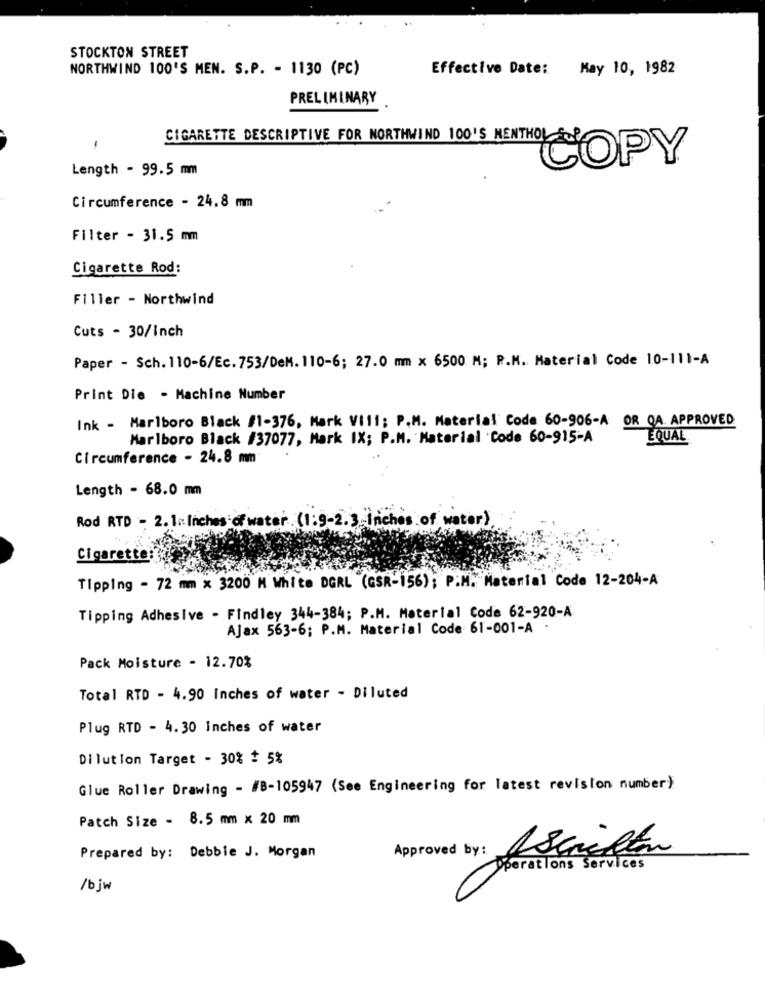
STOCKTON STREET
NORTHWIND 100'S MEN. S.P. - 1130 (PC)
Effective Date: May 10, 1982
PRELIMINARY
-
CIGARETTE DESCRIPTIVE FOR NORTHWIND 100'S MENTHOL &&
COPY
Length - 99.5 mm
Circumference - 24.8 mm
Filter - 31.5 mm
Cigarette Rod:
Filler - Northwind
Cuts - 30/Inch
Paper - Sch. 110-6/Ec.753/DeM. 110-6; 27.0 mm × 6500 M; P.M. Material Code 10-111-A
Print Die - Machine Number
Ink - Marlboro Black #1-376, Mark Vill; P.M. Material Code 60-906-A OR QA. APPROVED
Marlboro Black #37077, Mark IX; P.M. Material 'Code 60-915-A
EQUAL
Circumference - 24.8 mm
Length - 68.0 mm
Rod RTD - 2. 1: Inches of water (1:9-2.3 Inches of water).
Cigarette
Tipping - 72 mm x 3200 M White DGRL (GSR-156); P.M. Material Code 12-204-A
Tipping Adhesive - Findley 344-384; P.M. Material Code 62-920-A
Ajax 563-6; P.M. Material Code 61-001-A
Pack Moisture - 12.70%
Total RTD - 4.90 Inches of water - Diluted
Plug RTD - 4.30 Inches of water
Dilution Target - 30% + 5%
Glue Roller Drawing - #8-105947 (See Engineering for latest revision number)
Patch Size - 8.5 mm x 20 mm
Approved by :
Ascritto
Prepared by: Debbie J. Morgan
Operations Services
/bjw